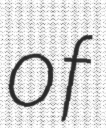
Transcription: of